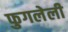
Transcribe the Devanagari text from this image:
फुगलेली